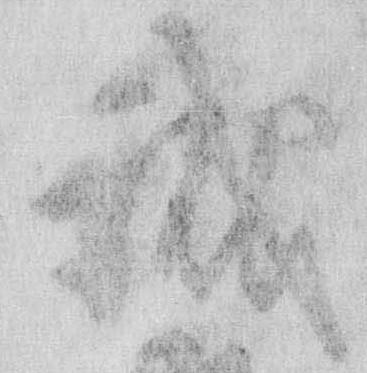
誠